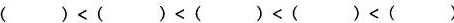
10.将下列各数按要求排序。